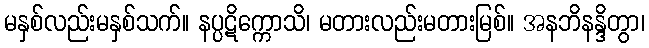
မနှစ်လည်းမနှစ်သက်။ နပ္ပဋိက္ကောသိ၊ မတားလည်းမတားမြစ်။ အနဘိနန္ဒိတွာ၊